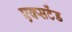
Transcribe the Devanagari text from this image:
एक्सटेंड